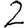
Digit: 2